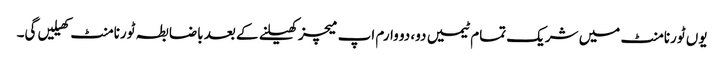
یوں ٹورنامنٹ میں شریک تمام ٹیمیں دو، دو وارم اپ میچز کھیلنے کے بعد باضابطہ ٹورنامنٹ کھیلیں گی۔